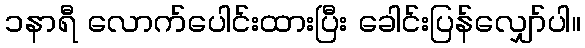
၁နာရီ လောက်ပေါင်းထားပြီး ခေါင်းပြန်လျှော်ပါ။